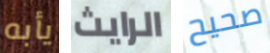
يأبه الرايث صحيح